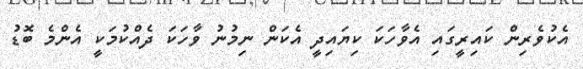
އެކުވެރިން ކައިރީގައި އެވާހަކަ ކިޔައިދީ އެކަން ނިމުނު ވާހަކަ ދެއްކުމަކީ އެންމެ ބޮޑު